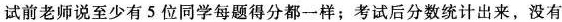
试前老师说至少有5位同学每题得分都一样；考试后分数统计出来，没有